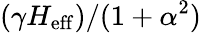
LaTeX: (\gamma H_{\mathrm{eff}})/(1+\alpha^{2})